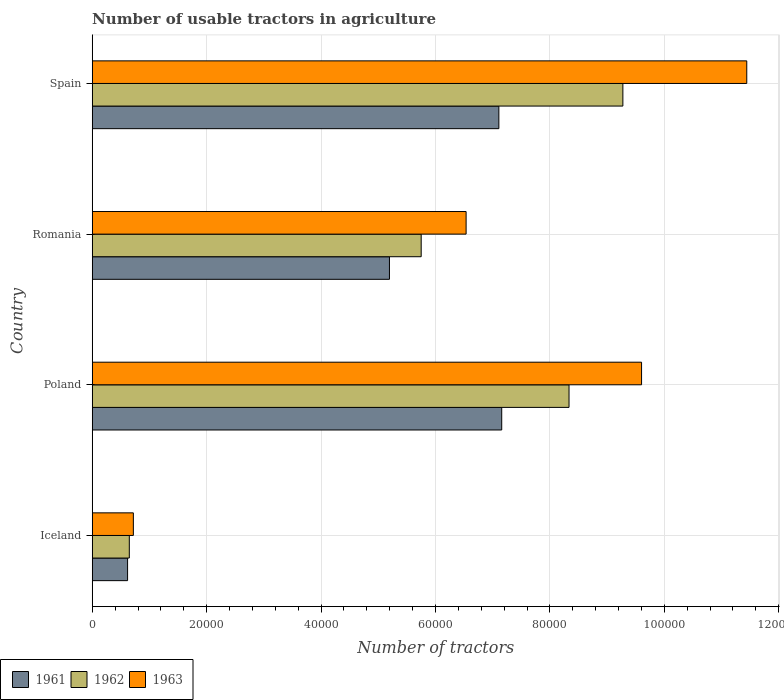
| Country | 1961 | 1962 | 1963 |
 | --- | --- | --- | --- |
 | Iceland | 6.18e+03 | 6.48e+03 | 7.19e+03 |
 | Poland | 7.16e+04 | 8.33e+04 | 9.6e+04 |
 | Romania | 5.2e+04 | 5.75e+04 | 6.54e+04 |
 | Spain | 7.11e+04 | 9.28e+04 | 1.14e+05 |